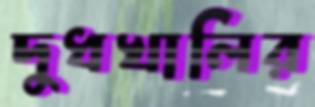
দুধখালির